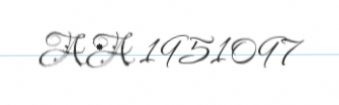
AA 1951097